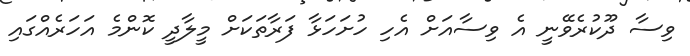
ވިސާ ދޫކުރެވޭނީ އެ ވިސާއަށް އެހި ހުށަހަޅާ ފަރާތަކަށް މީލާދީ ކޮންމެ އަހަރެއްގައި